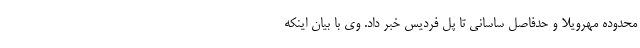
محدوده مهرویلا و حدفاصل ساسانی تا پل فردیس خبر داد. وی با بیان اینکه